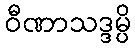
ဝီဏာသဒ္ဒမ္ပိ